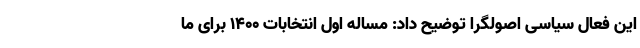
این فعال سیاسی اصولگرا توضیح داد: مساله اول انتخابات ۱۴۰۰ برای ما